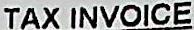
TAX INVOICE